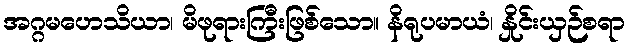
အဂ္ဂမဟေသိယာ၊ မိဖုရားကြီးဖြစ်သော။ နိရုပမာယံ၊ နှိုင်းယှဉ်စရာ